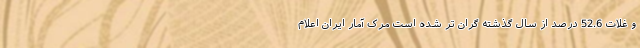
و غلات 52.6 درصد از سال گذشته گران تر شده است مرک آمار ایران اعلام